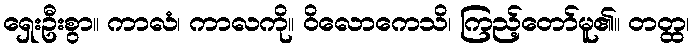
ရှေးဦးစွာ။ ကာလံ၊ ကာလကို။ ဝိလောကေသိ၊ ကြည့်တော်မူ၏။ တတ္ထ၊